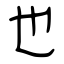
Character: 也